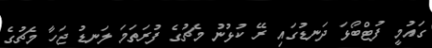
ގައުމީ ފުޓްބޯޅަ ދަނޑުގައި ރޭ ކުޅުނު މެޗުގެ ފުރަތަމަ ލަނޑު ޖަހާ މެޗުގެ